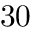
3 0